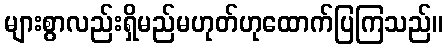
များစွာလည်းရှိမည်မဟုတ်ဟုထောက်ပြကြသည်။